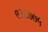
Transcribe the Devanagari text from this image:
९३६७७५